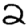
Digit: 2